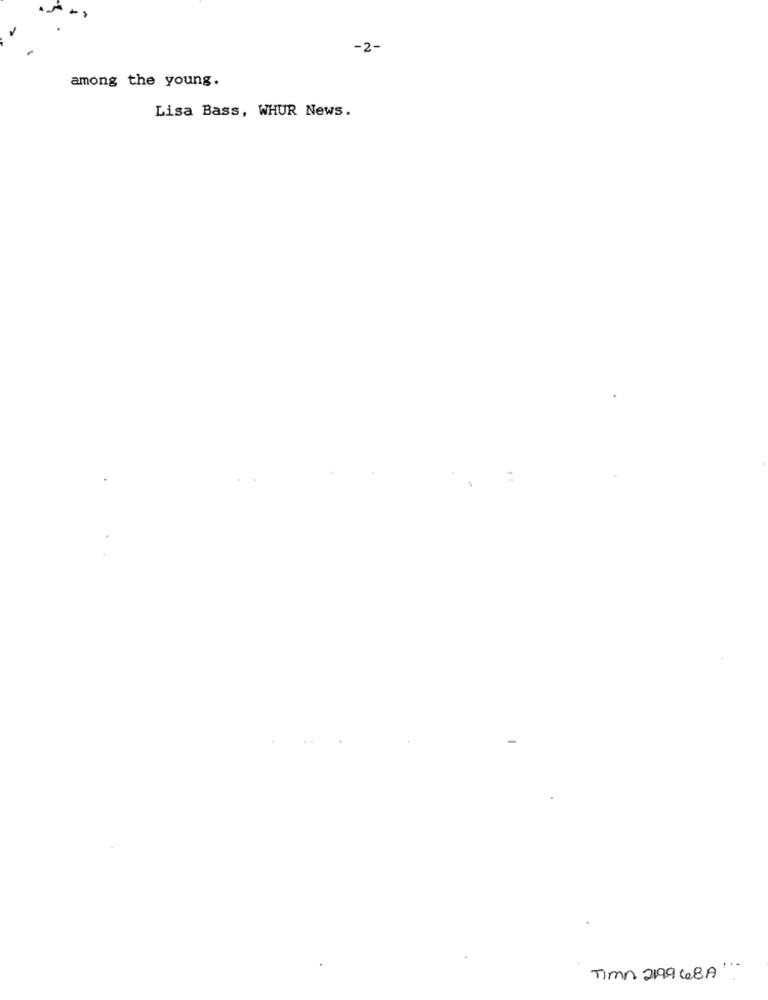
-2-
among the young.
Lisa Bass, WHUR News.
Timn 219968A